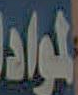
المواد